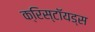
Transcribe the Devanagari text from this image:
क्रिस्टॉयड्स